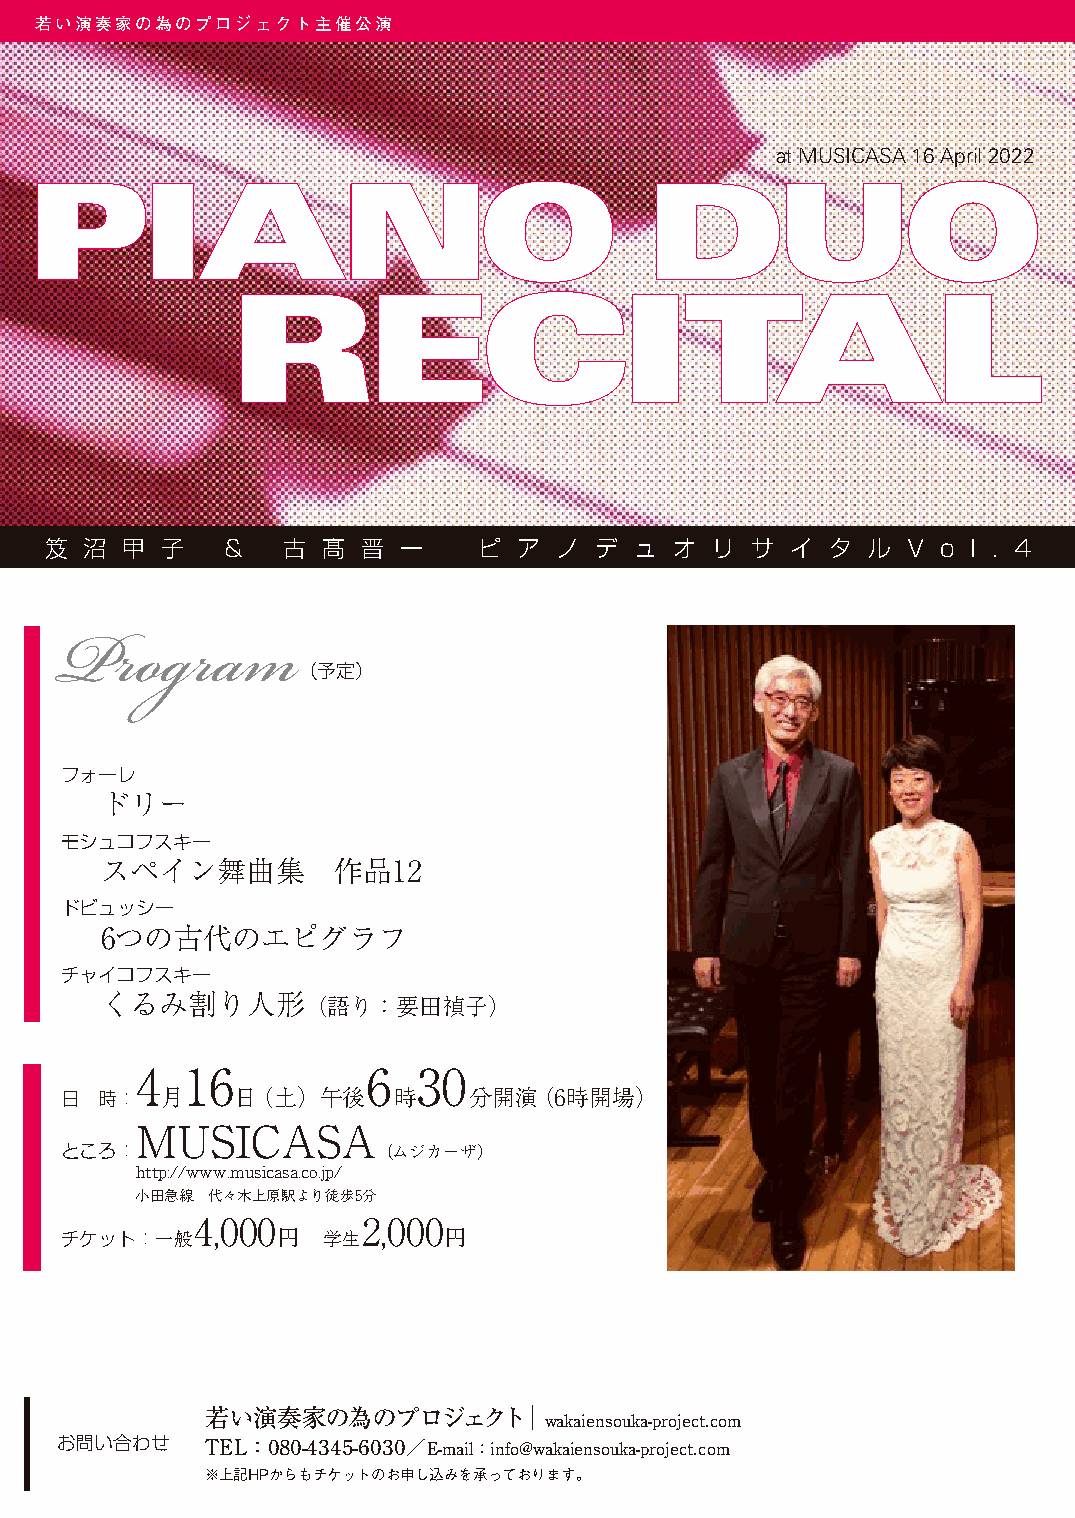
若い演奏家の為のプロジェクト主催公演
 at MUSICASA 16 April 2022
 PIANO                                    DUO
 RECITAL
 笈  沼 甲  子   &   古 髙  晋 一     ピ ア  ノ デ  ュ  オ リ  サ イ  タ ル  V o l .4
 （予定）
 Program
 フォーレ
 ドリー
 モシュコフスキー
 スペイン舞曲集        作品12
 ドビュッシー
 6つの古代のエピグラフ
 チャイコフスキー
 くるみ割り人形（語り：要田禎子）
 4  16          6   30
 日  時：  月   日（土）午後     時    分開演（6時開場）
 MUSICASA
 ところ：                 （ムジカーザ）
 http://www.musicasa.co.jp/
 小田急線 代々木上原駅より徒歩5分
 4,000      2,000
 チケット：一般       円  学生      円
 若い演奏家の為のプロジェクト｜wakaiensouka-project.com
 お問い合わせ    TEL：080-4345-6030／E-mail：info@wakaiensouka-project.com
 ※上記HPからもチケットのお申し込みを承っております。